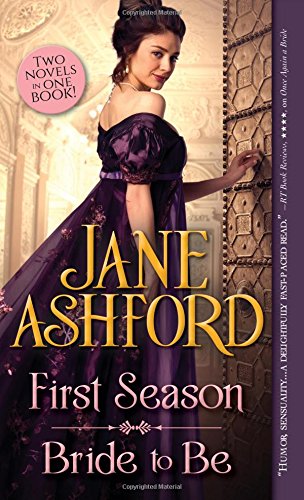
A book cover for First Season / Bride to Be; Jane Ashford; Romance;